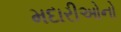
મદારીઓનો